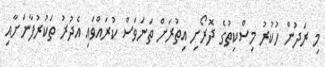
މި ރަދުން ހުކުރު މިސްކިތުގެ ދޮރޯށި އިތުރަށް ތަނަވަސް ކުރައްވައި އެދުރު ތަކުރުފާނަށާއި